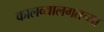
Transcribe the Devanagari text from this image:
कालव्यालगतच्या